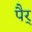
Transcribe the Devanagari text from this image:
पैर्